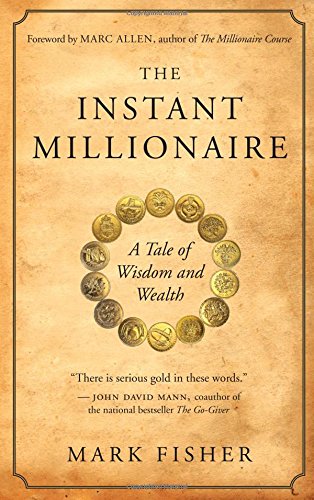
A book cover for The Instant Millionaire: A Tale of Wisdom and Wealth; Mark Fisher; Health, Fitness & Dieting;